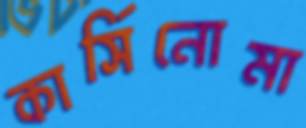
কার্সিনোমা